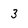
Character: 3